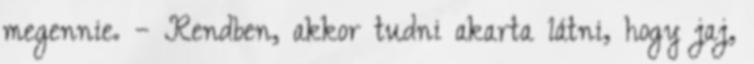
megennie. – Rendben, akkor tudni akarta látni, hogy jaj,